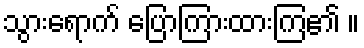
သွားရောက် ပြောကြားထားကြ၏ ။